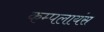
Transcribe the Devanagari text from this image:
कम्पलायंस